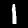
Digit: 1